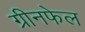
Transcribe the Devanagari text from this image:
ग्रीनफेल